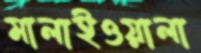
মালাইওয়ালা